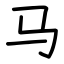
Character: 马